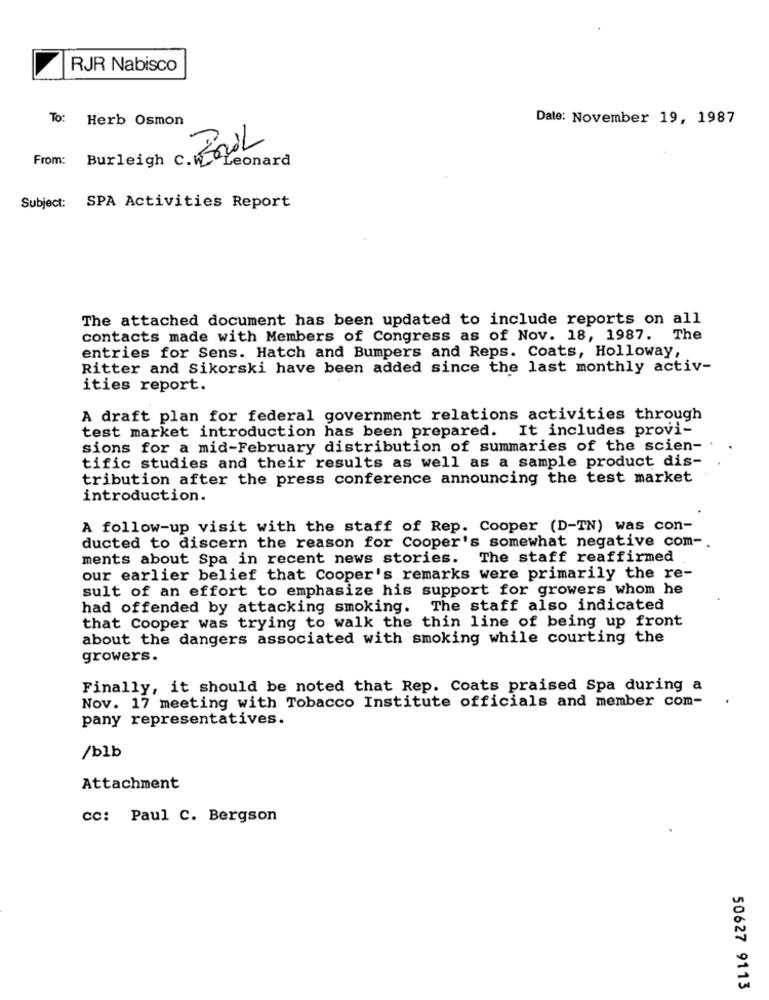
RJR Nabisco
To: Herb Osmon
Date: November 19, 1987
Burleigh c. Eoil
From:
Leonard
Subject: SPA Activities Report
The attached document has been updated to include reports on all
contacts made with Members of Congress as of Nov. 18, 1987. The
entries for Sens. Hatch and Bumpers and Reps. Coats, Holloway,
Ritter and Sikorski have been added since the last monthly activ-
ities report.
A draft plan for federal government relations activities through
test market introduction has been prepared. It includes provi-
sions for a mid-February distribution of summaries of the scien-
tific studies and their results as well as a sample product dis-
tribution after the press conference announcing the test market
introduction.
A follow-up visit with the staff of Rep. Cooper (D-TN) was con-
ducted to discern the reason for Cooper's somewhat negative com -.
ments about Spa in recent news stories. The staff reaffirmed
our earlier belief that Cooper's remarks were primarily the re-
sult of an effort to emphasize his support for growers whom he
had offended by attacking smoking. The staff also indicated
that Cooper was trying to walk the thin line of being up front
about the dangers associated with smoking while courting the
growers.
Finally, it should be noted that Rep. Coats praised Spa during a
Nov. 17 meeting with Tobacco Institute officials and member com-
.
pany representatives.
/blb
Attachment
cc: Paul C. Bergson
50627 9113